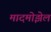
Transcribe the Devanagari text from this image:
मादमोझेल